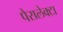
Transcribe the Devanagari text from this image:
पैरालेक्टा